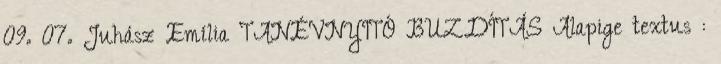
09. 07. Juhász Emília TANÉVNYITÓ BUZDÍTÁS Alapige textus :